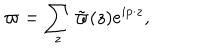
\varpi = \sum _ { z } \tilde { \varpi } ( z ) e ^ { i p \cdot z } ,